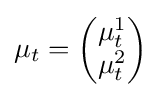
\mu _{t}={\begin{pmatrix}\mu _{t}^{1}\\\mu _{t}^{2}\end{pmatrix}}